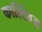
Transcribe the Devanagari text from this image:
कास्टिंग्ज